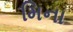
મિના